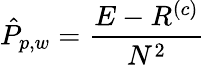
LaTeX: \hat{P}_{p,w}=\frac{E-R^{(c)}}{N^{2}}